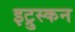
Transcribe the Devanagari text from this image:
इट्रुस्कन